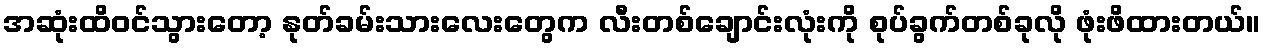
အဆုံးထိဝင်သွားတော့ နုတ်ခမ်းသားလေးတွေက လီးတစ်ချောင်းလုံးကို စုပ်ခွက်တစ်ခုလို ဖုံးဖိထားတယ်။